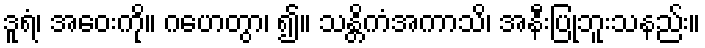
ဒူရံ၊ အဝေးကို။ ဂဟေတွာ၊ ၍။ သန္တိကံအကာသိ၊ အနီးပြုဘူးသနည်း။